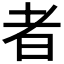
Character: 者